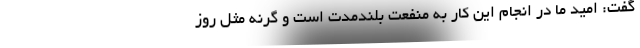
گفت: امید ما در انجام این کار به منفعت بلندمدت است و گرنه مثل روز